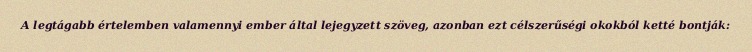
A legtágabb értelemben valamennyi ember által lejegyzett szöveg, azonban ezt célszerűségi okokból ketté bontják: